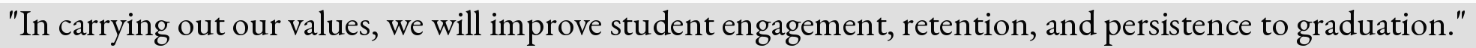
"In carrying out our values, we will improve student engagement, retention, and persistence to graduation."